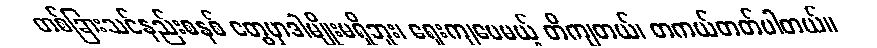
တစ်ခြားသင်နည်းစနစ် တွေမှာဒါမျိုးမရှိဘူး၊ ရှေးကျပေမယ့် တိကျတယ်၊ တကယ်တတ်ပါတယ်။